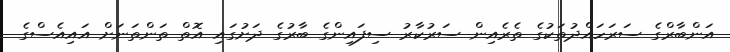
އަންބާރްގެ ސަރަހައްދުތަކުގެ ތެރެއިން ސަރުކާރު ސިފައިންގެ ބާރުގެ ދަށުގައި އޮތް ތަންތަނަށް އައިއެސްގެ